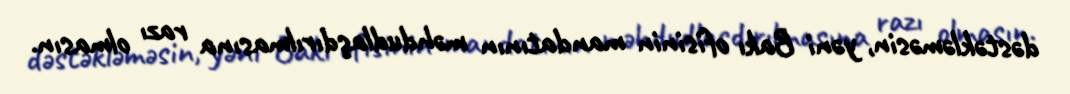
dəstəkləməsin, yəni Bakı ofisinin mandatının məhdudlaşdırılmasına razı olmasın.